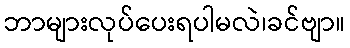
ဘာများလုပ်ပေးရပါမလဲ၊ခင်ဗျာ။